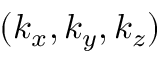
( k _ { x } , k _ { y } , k _ { z } )